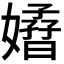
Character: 𡣁